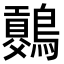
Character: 𪅷